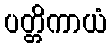
ပတ္တိကာယံ